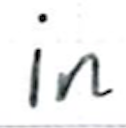
Text: in
Cross-out: clean
Writing tool: ballpoint